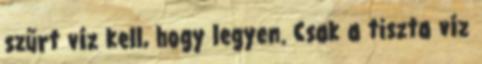
szűrt víz kell, hogy legyen. Csak a tiszta víz